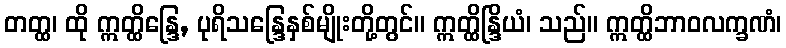
တတ္ထ၊ ထို ဣတ္ထိန္ဒြေ, ပုရိသန္ဒြေနှစ်မျိုးတို့တွင်။ ဣတ္ထိန္ဒြိယံ၊ သည်။ ဣတ္ထိဘာဝလက္ခဏံ၊